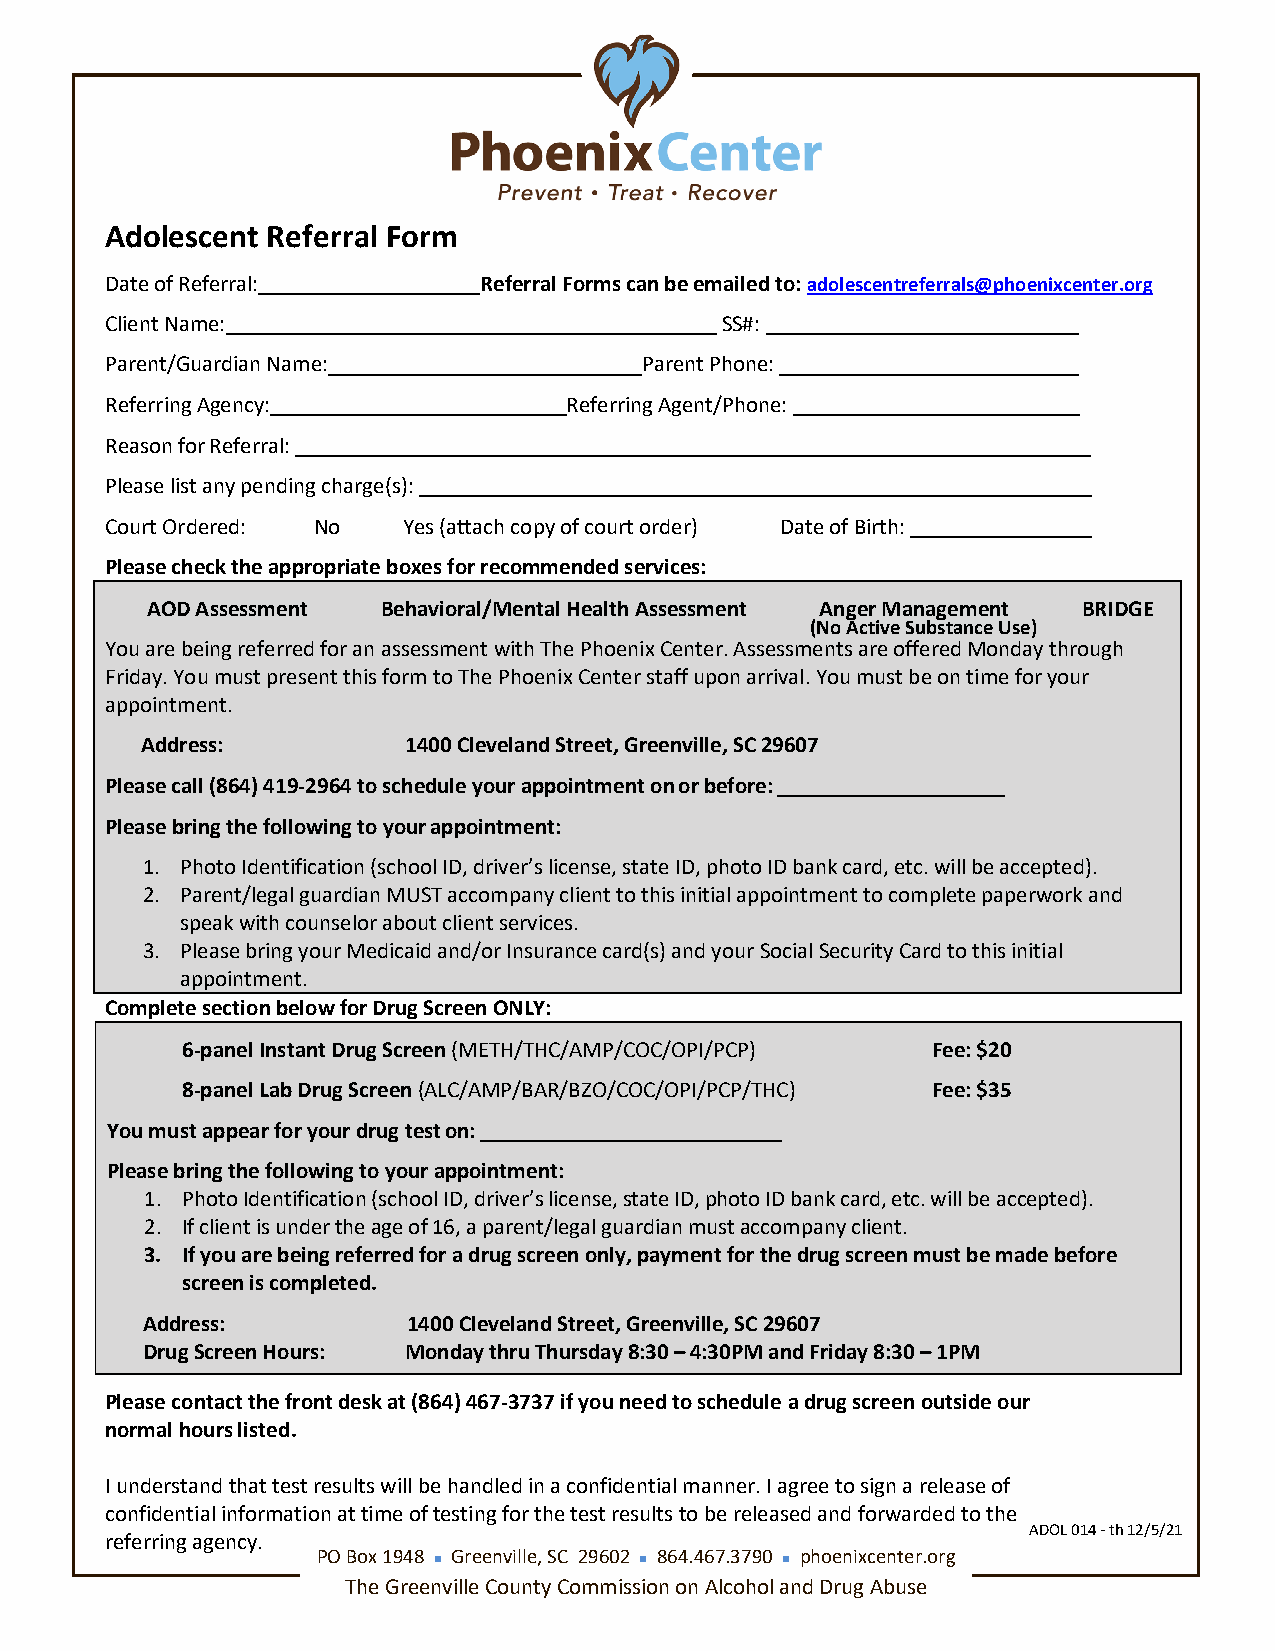
Adolescent Referral Form
 Date of Referral:        Referral Forms can be emailed to: adolescentreferrals@phoenixcenter.org
 Client Name:                             SS#:
 Parent/Guardian Name:              Parent Phone:
 Referring Agency:              Referring Agent/Phone:
 Reason for Referral:
 Please list any pending charge(s):
 Court Ordered: No   Yes (attach copy of court order) Date of Birth:
 Please check the appropriate boxes for recommended services:
 AOD Assessment Behavioral/Mental Health Assessment Anger Management BRIDGE
 (No Active Substance Use)
 You are being referred for an assessment with The Phoenix Center. Assessments are offered Monday through
 Friday. You must present this form to The Phoenix Center staff upon arrival. You must be on time for your
 appointment.
 Address:          1400 Cleveland Street, Greenville, SC 29607
 Please call (864) 419-2964 to schedule your appointment on or before:
 Please bring the following to your appointment:
 1. Photo Identification (school ID, driver’s license, state ID, photo ID bank card, etc. will be accepted).
 2. Parent/legal guardian MUST accompany client to this initial appointment to complete paperwork and
 speak with counselor about client services.
 3. Please bring your Medicaid and/or Insurance card(s) and your Social Security Card to this initial
 appointment.
 Complete section below for Drug Screen ONLY:
 6-panel Instant Drug Screen (METH/THC/AMP/COC/OPI/PCP) Fee: $20
 8-panel Lab Drug Screen (ALC/AMP/BAR/BZO/COC/OPI/PCP/THC) Fee: $35
 You must appear for your drug test on:
 Please bring the following to your appointment:
 1. Photo Identification (school ID, driver’s license, state ID, photo ID bank card, etc. will be accepted).
 2. If client is under the age of 16, a parent/legal guardian must accompany client.
 3. If you are being referred for a drug screen only, payment for the drug screen must be made before
 screen is completed.
 Address:          1400 Cleveland Street, Greenville, SC 29607
 Drug Screen Hours: Monday thru Thursday 8:30 – 4:30PM and Friday 8:30 – 1PM
 Please contact the front desk at (864) 467-3737 if you need to schedule a drug screen outside our
 normal hours listed.
 I understand that test results will be handled in a confidential manner. I agree to sign a release of
 confidential information at time of testing for the test results to be released and forwarded to the
 ADOL 014 - th 12/5/21
 referring agency.
 PO Box 1948  Greenville, SC 29602  864.467.3790  phoenixcenter.org
 The Greenville County Commission on Alcohol and Drug Abuse